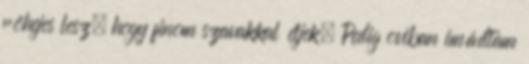
röhejes lesz, hogy finom szavakkal éljek. Pedig oviban imádtam